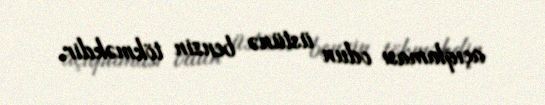
açıqlaması odun üstünə benzin tökməkdir.